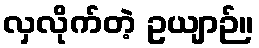
လှလိုက်တဲ့ ဥယျာဉ်။